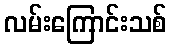
လမ်းကြောင်းသစ်